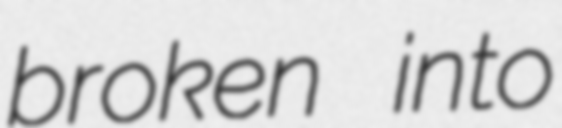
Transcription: broken into